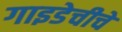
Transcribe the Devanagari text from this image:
गाइडेचीचे